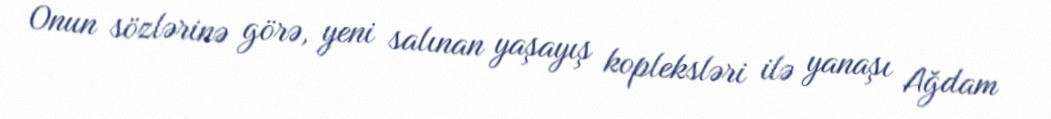
Onun sözlərinə görə, yeni salınan yaşayış kopleksləri ilə yanaşı Ağdam